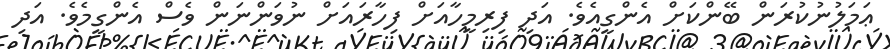
ޢަމަލުނުކުރަން ބޭންކަށް އެންގީއެވެ. އަދި ފިރިމީހާއަށް ފިހާރައަށް ނުވަންނަން ވެސް އެންގީމެވެ. އަދި